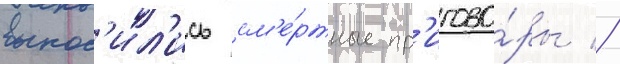
вынос'ил'ись см'е́ртные пр'игово́ры //